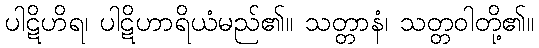
ပါဋိဟိရ၊ ပါဋိဟာရိယံမည်၏။ သတ္တာနံ၊ သတ္တဝါတို့၏။